NAE_ERA_R-30_Eesti_Riiklik_Spordiamet, lk 29
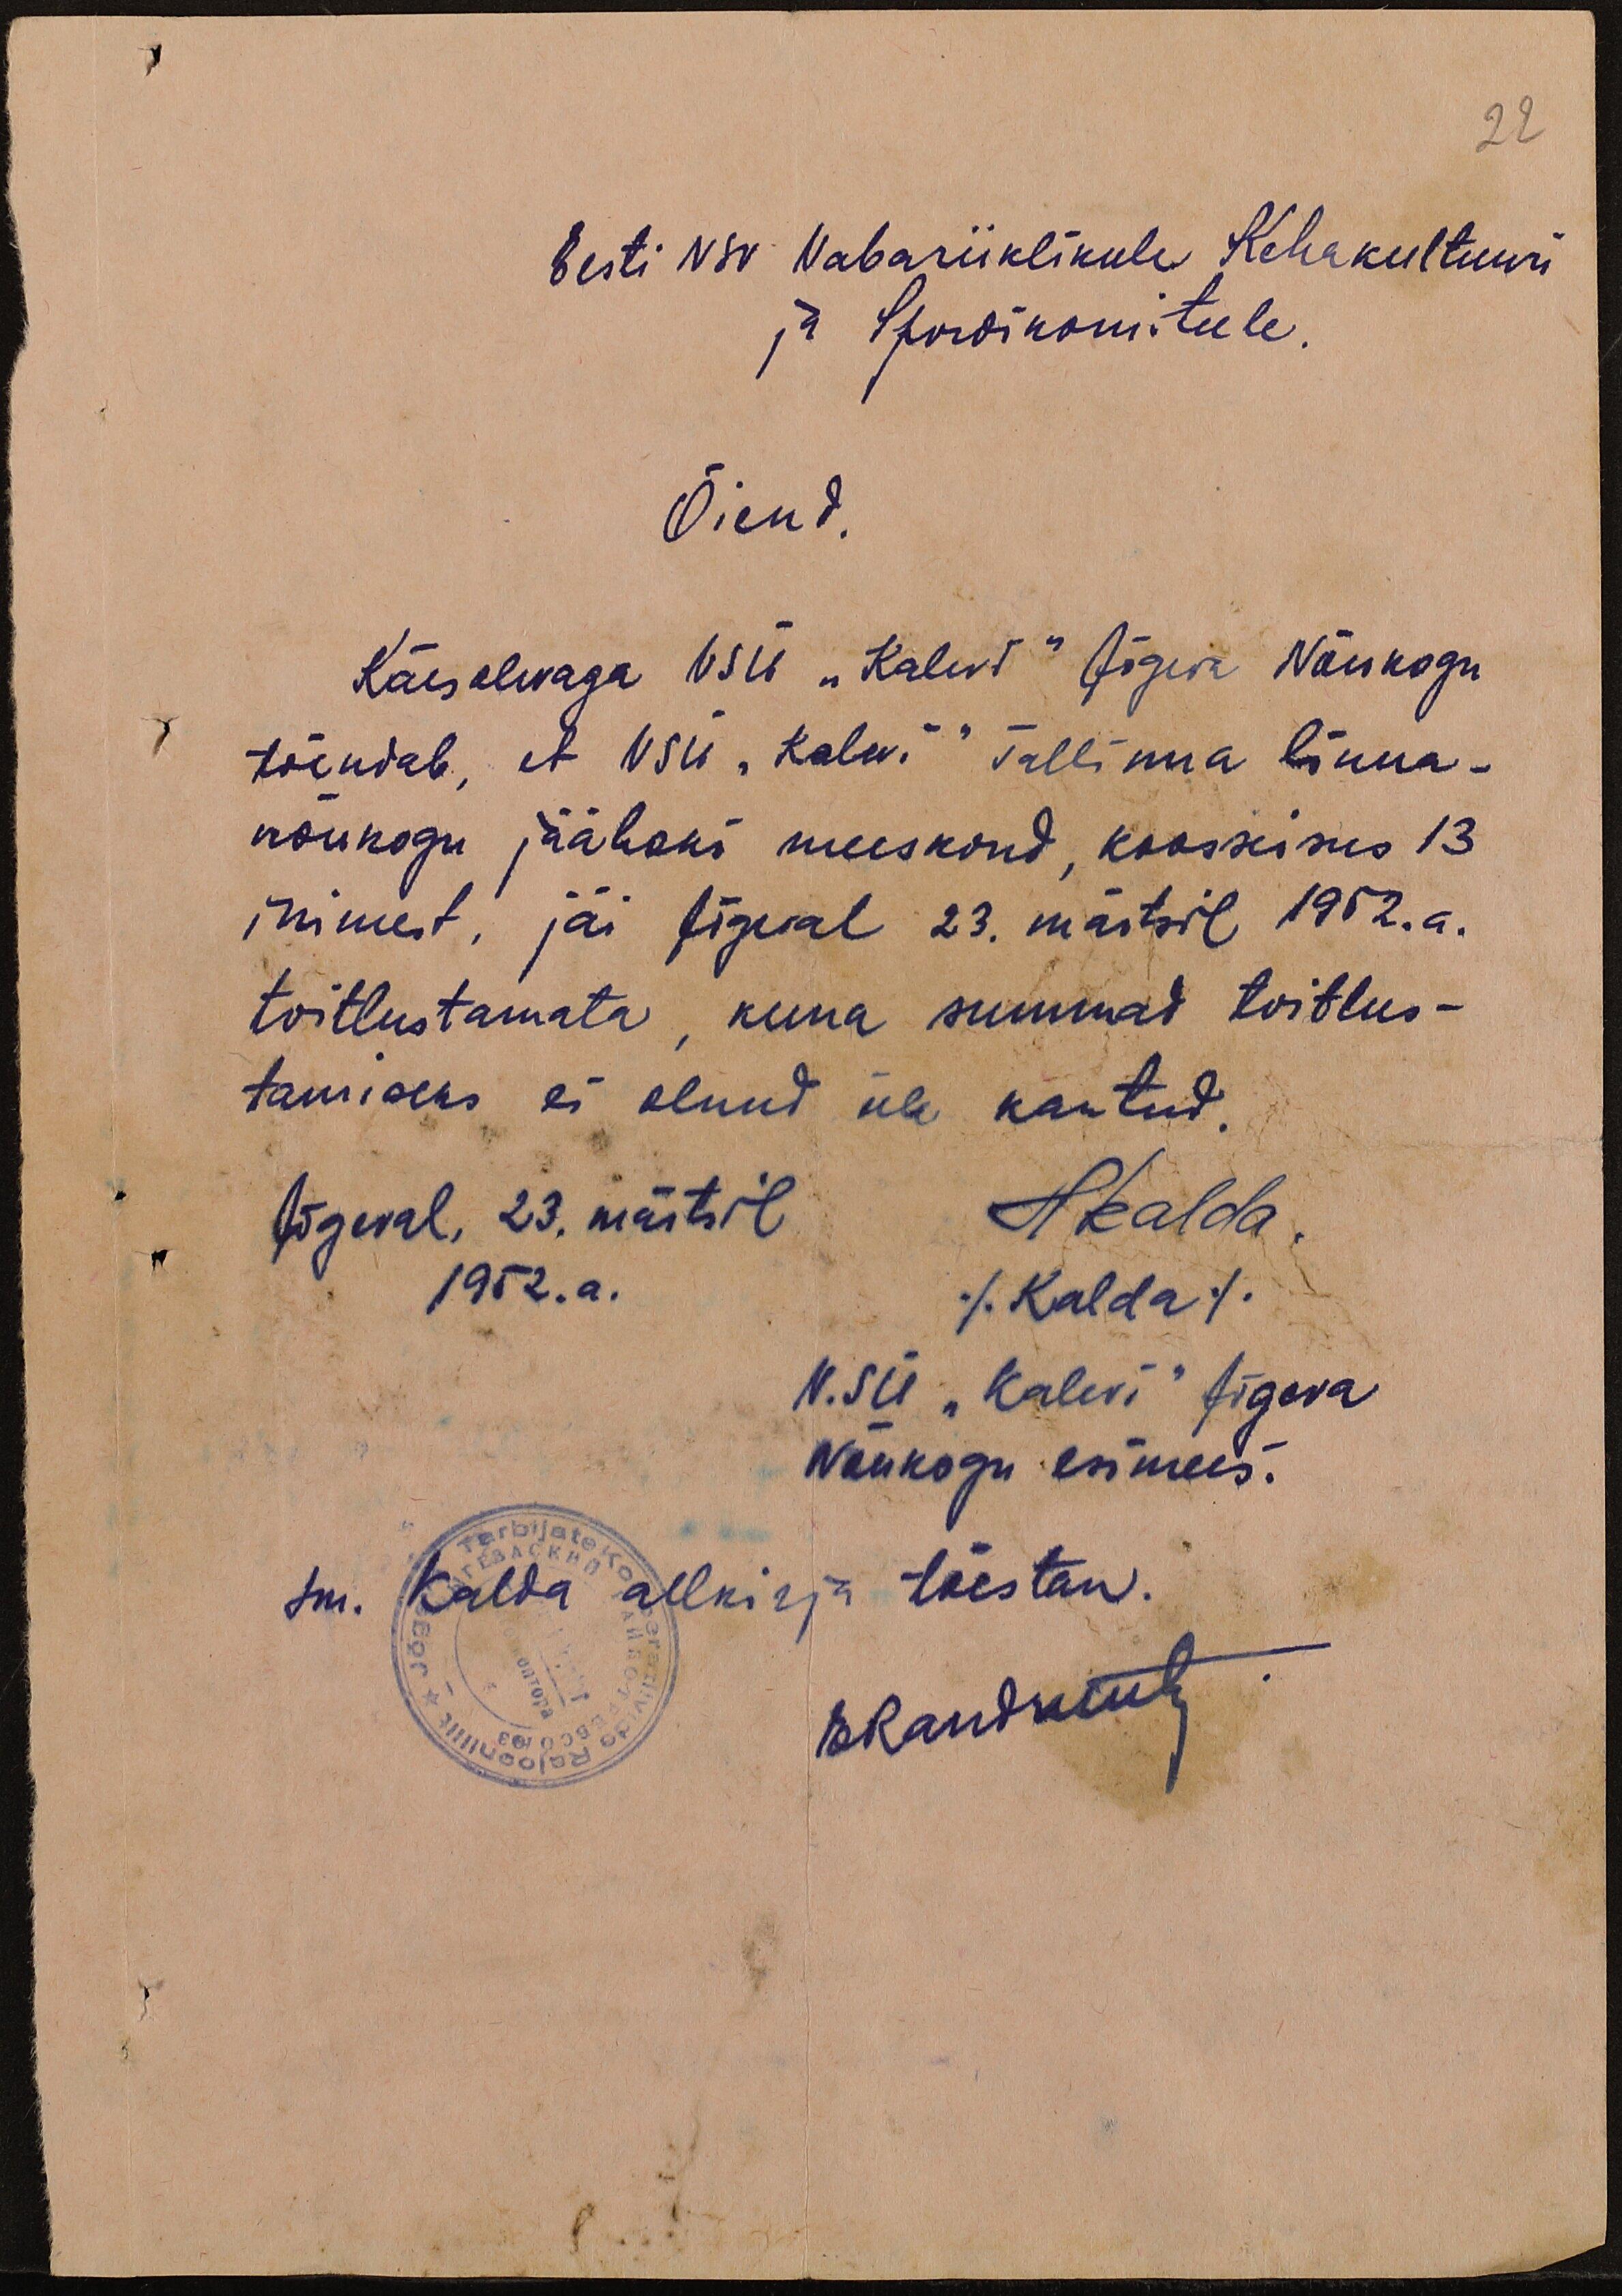
22
Eesti NSV Vabariiklikule Kehakultuuri
ja Spordikomiteele.
Õiend.
Käesolevaga VSÜ "Kalev" Jõgeva Nõukogu
tõendab, et VSÜ "Kalevi" Tallinna linna-
nõukogu jäähoki meeskond, koosseisus 13
inimest, jäi Jõgeval 23. märtsil 1952.a.
toitlustamata, kuna summad toitlus-
tamiseks ei olnud üle kantud.
Jõgeval, 23. märtsil Hkalda.
1952.a.
(Kalda)
N. SÜ "Kalevi" Jõgeva
Nõukogu esimees.
sm. Kalda allkirja tõestan.